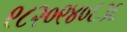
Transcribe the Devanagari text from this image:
९८२०९४०६३६